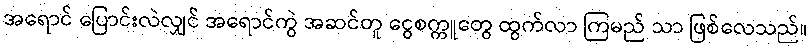
အရောင် ပြောင်းလဲလျှင် အရောင်ကွဲ အဆင်တူ ငွေစက္ကူတွေ ထွက်လာ ကြမည် သာ ဖြစ်လေသည်။